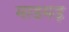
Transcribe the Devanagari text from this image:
माडमड़